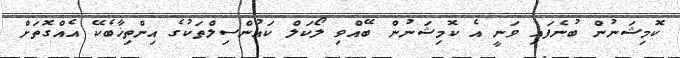
ކޮމިޝަނުން ބުނެފައި ވަނީ އެ ކޮމިޝަނުން ބޭއްވި ލޯކަލް ކައުންސިލްތަކުގެ އިންތިޚާބެކޭ އެއްގޮތަށް